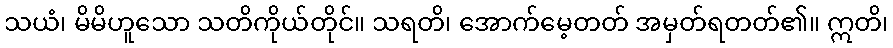
သယံ၊ မိမိဟူသော သတိကိုယ်တိုင်။ သရတိ၊ အောက်မေ့တတ် အမှတ်ရတတ်၏။ ဣတိ၊